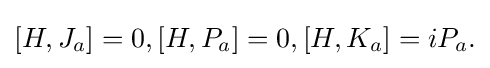
[H,J_{a}]=0,[H,P_{a}]=0,[H,K_{a}]=iP_{a}.\,\!